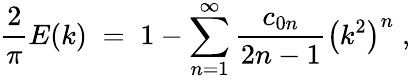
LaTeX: {\frac{2}{\pi}}E(k)\; =\; 1-\sum_{n=1}^{\infty}{\frac{c_{0n}}{2n-1}}\left(k^{2}\right)^{n}\; ,